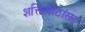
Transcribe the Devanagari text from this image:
शक्तिपीठांसह